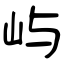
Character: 屿